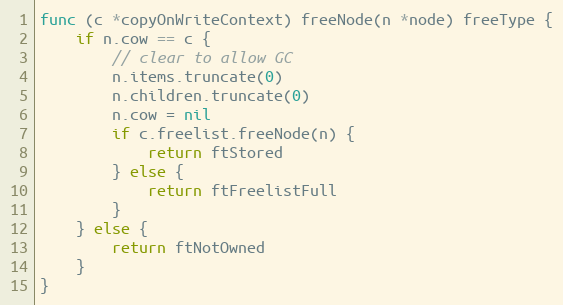
Language: Go
func (c *copyOnWriteContext) freeNode(n *node) freeType {
	if n.cow == c {
		// clear to allow GC
		n.items.truncate(0)
		n.children.truncate(0)
		n.cow = nil
		if c.freelist.freeNode(n) {
			return ftStored
		} else {
			return ftFreelistFull
		}
	} else {
		return ftNotOwned
	}
}